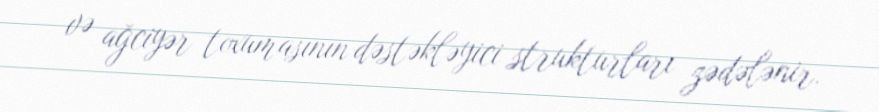
və ağciyər toxumasının dəstəkləyici strukturları zədələnir.